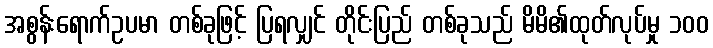
အစွန်းရောက်ဥပမာ တစ်ခုဖြင့် ပြရလျှင် တိုင်းပြည် တစ်ခုသည် မိမိ၏ထုတ်လုပ်မှု ၁၀၀